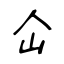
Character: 仚